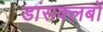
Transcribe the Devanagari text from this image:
डांसक्लबों